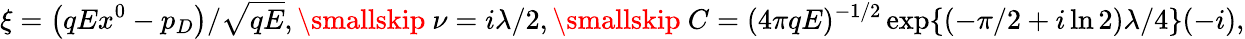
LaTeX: \xi=\left(qEx^{0}-p_{D}\right)/\sqrt{qE},\smallskip\ \nu=i\lambda/2,\smallskip\ C=(4\pi qE)^{-1/2}\exp\{ (-\pi/2+i\ln 2)\lambda/4\} (-i),